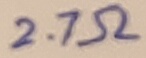
Text: 2.7Ω